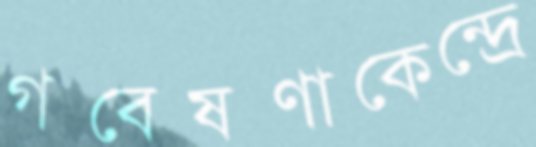
গবেষণাকেন্দ্রে